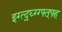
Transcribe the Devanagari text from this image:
झ्ग्त्द्र्घ्ग्ग्फ्त्फ्ह